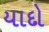
યાદો